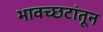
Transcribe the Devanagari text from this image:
भावच्छटांतून